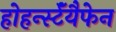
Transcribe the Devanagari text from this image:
होहर्न्स्टॅयैफेन